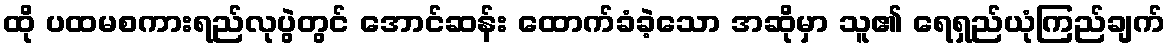
ထို ပထမစကားရည်လုပွဲတွင် အောင်ဆန်း ထောက်ခံခဲ့သော အဆိုမှာ သူ၏ ရေရှည်ယုံကြည်ချက်